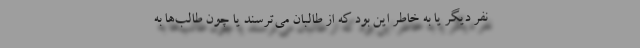
نفر دیگر یا به خاطر این بود که از طالبان می‌ترسند یا چون طالب‌ها به